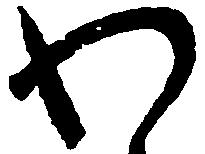
わ